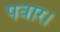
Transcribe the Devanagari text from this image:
पवार।